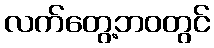
လက်တွေ့ဘဝတွင်